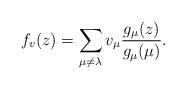
LaTeX: \begin{align*} f_v(z)=\sum_{\mu\neq \lambda}v_{\mu}\frac{g_{\mu}(z)}{g_{\mu}(\mu)}.\end{align*}